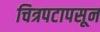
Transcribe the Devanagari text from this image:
चित्रपटापसून